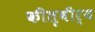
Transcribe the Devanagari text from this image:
कीतृवीर्य